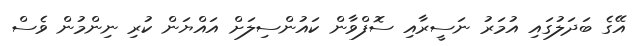
އޭގެ ބަދަލުގައި އުމަރު ނަސީރާއި ސޮފްވާން ކައުންސިލަށް އައްޔަން ކުރި ނިންމުން ވެސް